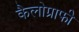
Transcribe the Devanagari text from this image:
कैलोग्राफी